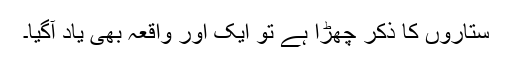
ستاروں کا ذکر چھڑا ہے تو ایک اور واقعہ بھی یاد آگیا۔